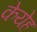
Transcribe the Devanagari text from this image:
केयेह